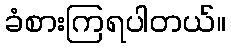
ခံစားကြရပါတယ်။